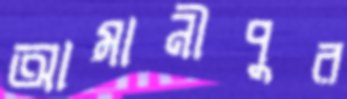
আমানীপুর